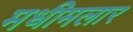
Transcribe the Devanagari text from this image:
मधीमलार